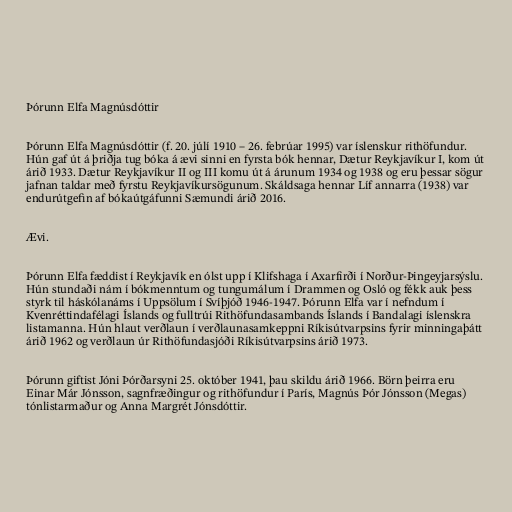
Þórunn Elfa Magnúsdóttir

Þórunn Elfa Magnúsdóttir (f. 20. júlí 1910 – 26. febrúar 1995) var íslenskur rithöfundur.
Hún gaf út á þriðja tug bóka á ævi sinni en fyrsta bók hennar, Dætur Reykjavíkur I, kom út
árið 1933. Dætur Reykjavíkur II og III komu út á árunum 1934 og 1938 og eru þessar sögur
jafnan taldar með fyrstu Reykjavíkursögunum. Skáldsaga hennar Líf annarra (1938) var
endurútgefin af bókaútgáfunni Sæmundi árið 2016.

Ævi.

Þórunn Elfa fæddist í Reykjavík en ólst upp í Klifshaga í Axarfirði í Norður-Þingeyjarsýslu.
Hún stundaði nám í bókmenntum og tungumálum í Drammen og Osló og fékk auk þess
styrk til háskólanáms í Uppsölum í Svíþjóð 1946-1947. Þórunn Elfa var í nefndum í
Kvenréttindafélagi Íslands og fulltrúi Rithöfundasambands Íslands í Bandalagi íslenskra
listamanna. Hún hlaut verðlaun í verðlaunasamkeppni Ríkisútvarpsins fyrir minningaþátt
árið 1962 og verðlaun úr Rithöfundasjóði Ríkisútvarpsins árið 1973.

Þórunn giftist Jóni Þórðarsyni 25. október 1941, þau skildu árið 1966. Börn þeirra eru
Einar Már Jónsson, sagnfræðingur og rithöfundur í París, Magnús Þór Jónsson (Megas)
tónlistarmaður og Anna Margrét Jónsdóttir.